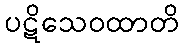
ပဋိသေဝထာတိ